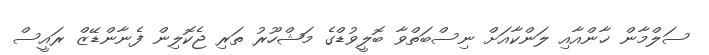
ސަލްމާން ޚާންއާއި ލަންކާއަށް ނިސްބަތްވާ ބޮލީވުޑްގެ މަޝްހޫރު ތަރި ޖެކޮލިން ފެނާންޑޭޒް ރައީސް